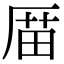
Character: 𠪄